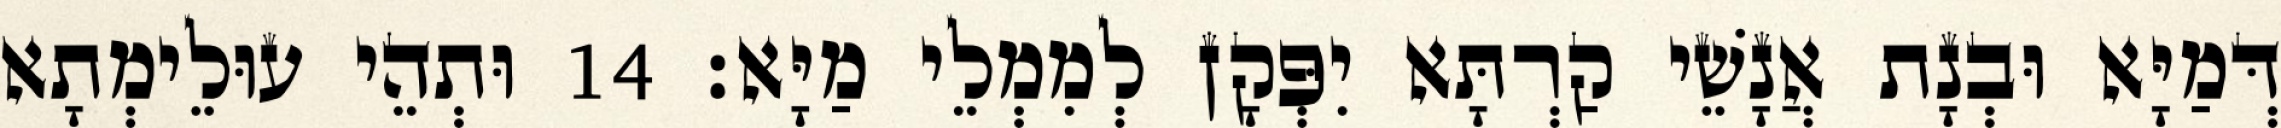
דְּמַיָּא וּבְנָת אֲנָשֵׁי קַרְתָּא יִפְּקָן לְמִמְלֵי מַיָּא׃ 14 וּתְהֵי עוּלֵימְתָא